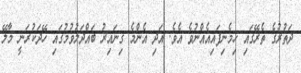
ދަތުރުގެ ތެރޭގައި ހިމެނިފައިއެއްނުވެ އެވެ. އަދި އެންމެ ގިނައިރު ބައްދަލުވުމުގައި ހޭދަކުރަނީ މާލޭ